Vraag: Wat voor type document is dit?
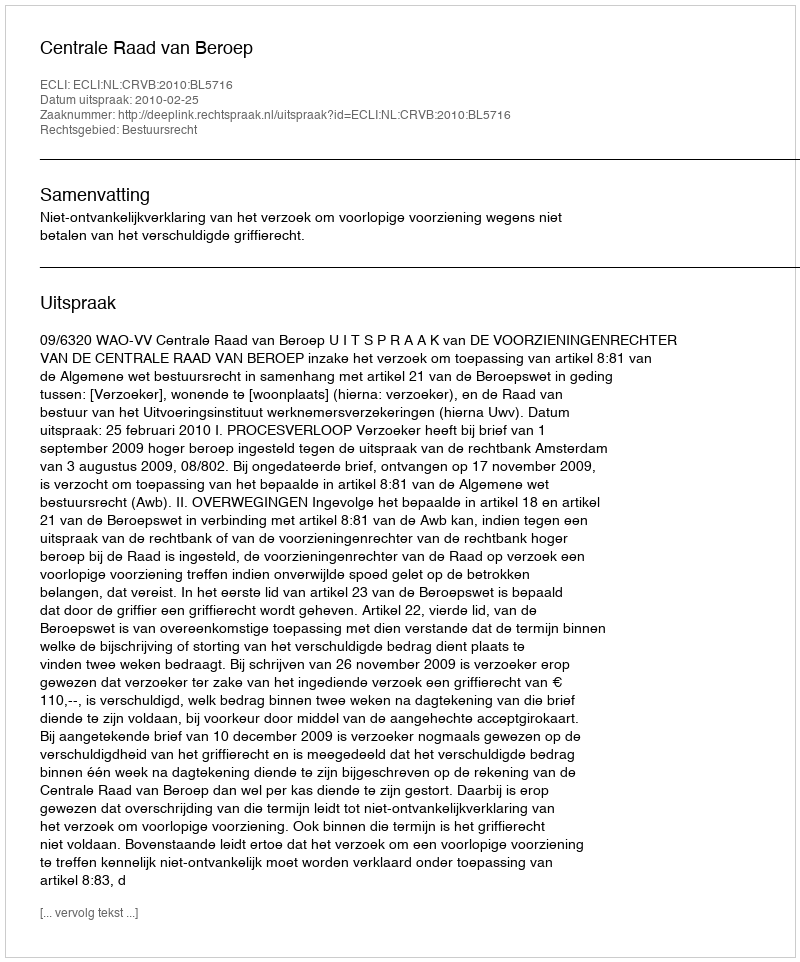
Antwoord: Uitspraak